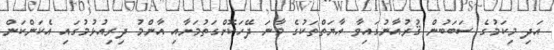
އަދި މިކަމުގެ ސަބަބުން ޤުރުއާނުގައިވާ އާޔަތްތަކުގެ މާނަ ދޭހަކޮށްގަތުމަށާއި އާންމު ދިރިއުޅުމުގައި އެކަންކަން